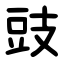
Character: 豉